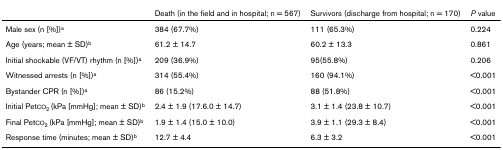
|  | Death (in the field and in hospital; n = 567) | Survivors (discharge from hospital; n = 170) | P value |
 | --- | --- | --- | --- |
 | Male sex (n [%])a | 384 (67.7%) | 111 (65.3%) | 0.224 |
 | Age (years; mean ± SD)b | 61.2 ± 14.7 | 60.2 ± 13.3 | 0.861 |
 | Initial shockable (VF/VT) rhythm (n [%])a | 209 (36.9%) | 95(55.8%) | 0.206 |
 | Witnessed arrests (n [%])a | 314 (55.4%) | 160 (94.1%) | <0.001 |
 | Bystander CPR (n [%])a | 86 (15.2%) | 88 (51.8%) | <0.001 |
 | Initial PetCO2 (kPa [mmHg]; mean ± SD)b | 2.4 ± 1.9 (17.6.0 ± 14.7) | 3.1 ± 1.4 (23.8 ± 10.7) | <0.001 |
 | Final PetCO2 (kPa [mmHg]; mean ± SD)b | 1.9 ± 1.4 (15.0 ± 10.0) | 3.9 ± 1.1 (29.3 ± 8.4) | <0.001 |
 | Response time (minutes; mean ± SD)b | 12.7 ± 4.4 | 6.3 ± 3.2 | <0.001 |